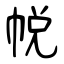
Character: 帨